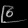
Digit: ၉